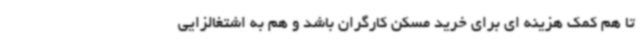
تا هم کمک هزینه ای برای خرید مسکن کارگران باشد و هم به اشتغالزایی